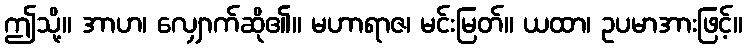
ဤသို့။ အာဟ၊ လျှောက်ဆို၏။ မဟာရာဇ၊ မင်းမြတ်။ ယထာ၊ ဥပမာအားဖြင့်။